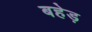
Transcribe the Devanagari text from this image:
बहेड़